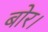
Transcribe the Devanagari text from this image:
बोर।